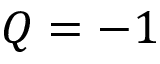
Q = - 1